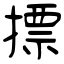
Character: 摽